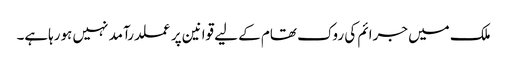
ملک میں جرائم کی روک تھام کے لیے قوانین پر عملدرآمد نہیں ہورہاہے۔